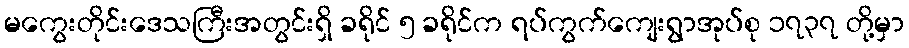
မကွေးတိုင်းဒေသကြီးအတွင်းရှိ ခရိုင် ၅ ခရိုင်က ရပ်ကွက်ကျေးရွာအုပ်စု ၁၇၃၇ တို့မှာ